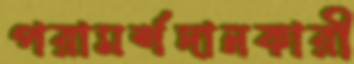
পরামর্শদানকারী